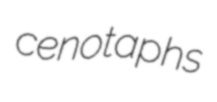
cenotaphs